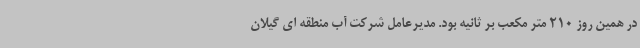
در همین روز 210 متر مکعب بر ثانیه بود. مدیرعامل شرکت آب منطقه ای گیلان